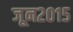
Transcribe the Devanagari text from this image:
जून२०१५